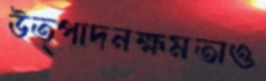
উত্পাদনক্ষমতাও